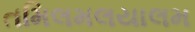
તમિલમલયાલમ